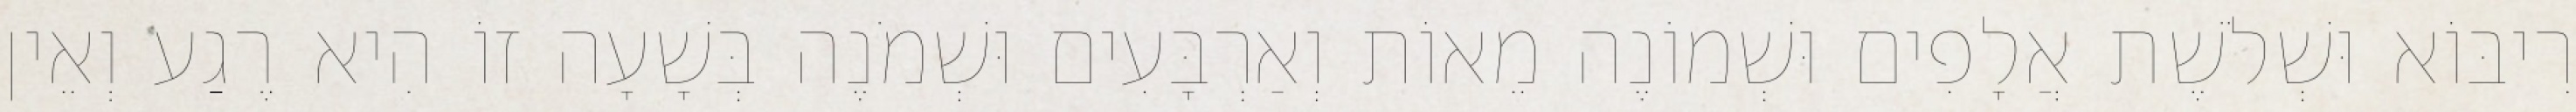
רִיבּוֹא וּשְׁלֹשֶׁת אֲלָפִים וּשְׁמוֹנֶה מֵאוֹת וְאַרְבָּעִים וּשְׁמֹנֶה בְּשָׁעָה זוֹ הִיא רֶגַע וְאֵין